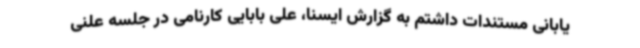
یابانی مستندات داشتم به گزارش ایسنا، علی بابایی کارنامی در جلسه علنی